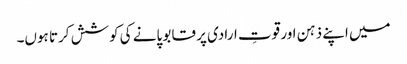
میں اپنے ذہن اور قوتِ ارادی پر قابو پانے کی کوشش کرتا ہوں۔